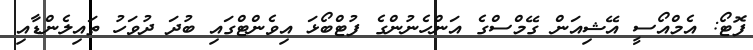
ފޮޓޯ: އެމްއޯސީ އޭޝިއަން ގޭމްސްގެ އަންހެނުންގެ ފުޓްބޯޅަ އިވެންޓްގައި ބުދަ ދުވަހު ތައިލެންޑާއި